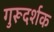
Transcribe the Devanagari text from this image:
गुरूदर्शक